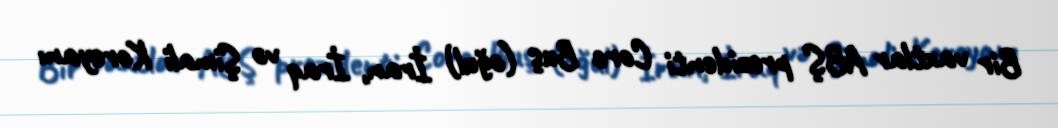
Bir vaxtlar ABŞ prezidenti Corc Buş (oğul) İran, İraq və Şimali Koreyanı